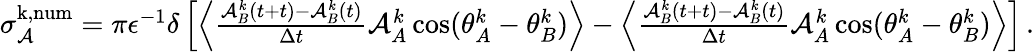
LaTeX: \begin{array}{r}{\sigma_{\mathcal{A}}^{\mathrm{k,num}}={\pi}\epsilon^{-1}\delta\left[\left\langle\frac{\mathcal{A}_{B}^{k}(t+t)-\mathcal{A}_{B}^{k}(t)}{\Delta t}\mathcal{A}_{A}^{k}\cos(\theta_{A}^{k}-\theta_{B}^{k})\right\rangle-\left\langle\frac{\mathcal{A}_{B}^{k}(t+t)-\mathcal{A}_{B}^{k}(t)}{\Delta t}\mathcal{A}_{A}^{k}\cos(\theta_{A}^{k}-\theta_{B}^{k})\right\rangle\right]\, .}\end{array}